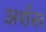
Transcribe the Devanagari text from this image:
अर्शस